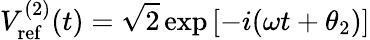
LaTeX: V_{\mathrm{ref}}^{(2)}(t)=\sqrt{2}\exp\left[-i(\omega t+\theta_{2})\right]